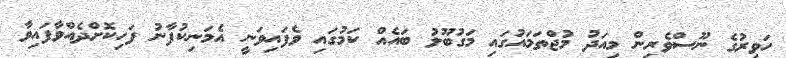
ހަވީރުގެ ނޫސްވެރިން މިއަދު މުޖްތަމައުގައި މަގުބޫލު ބައެއް ކަމުގައި ވެފައިވަނީ އެމަނިކުފާނު ފަހިކޮށްދެއްވާފައިވާ